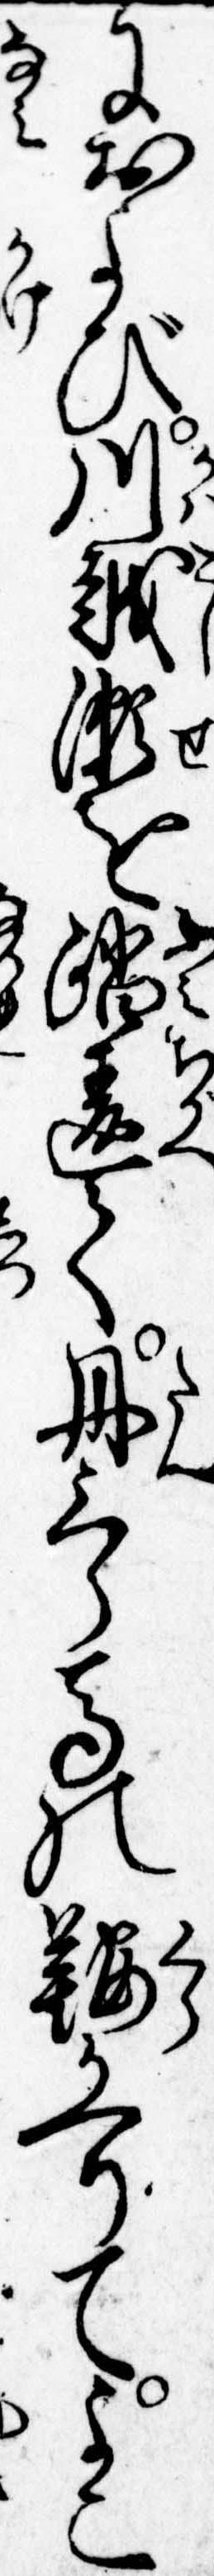
におよび川越瀬を踏違て丹三郎馬の鞍かへりてよこ